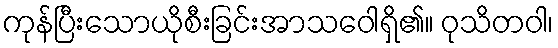
ကုန်ပြီးသောယိုစီးခြင်းအာသဝေါရှိ၏။ ဝုသိတဝါ၊